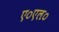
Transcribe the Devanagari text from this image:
ए०एल०